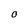
Character: O